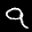
Label: 9